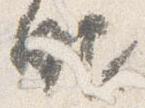
眼